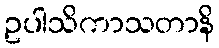
ဥပါသိကာသတာနိ